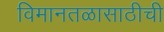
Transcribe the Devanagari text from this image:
विमानतळासाठीची